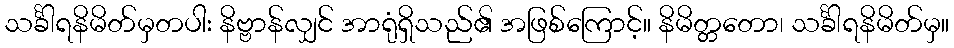
သင်္ခါရနိမိတ်မှတပါး နိဗ္ဗာန်လျှင် အာရုံရှိသည်၏ အဖြစ်ကြောင့်။ နိမိတ္တတော၊ သင်္ခါရနိမိတ်မှ။